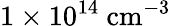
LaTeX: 1\times 10^{14}~\textrm{cm}^{-3}